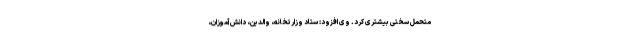
متحمل سختی بیشتری کرد. وی افزود: ستاد وزارتخانه، والدین، دانش آموزان،